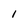
Character: l